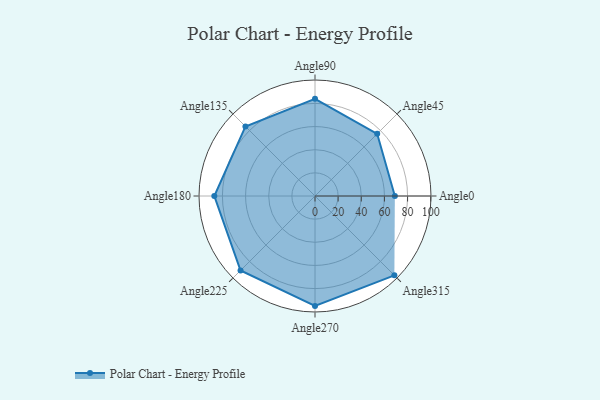
{"axis": {"x": "Angle", "y": "Radius"}, "legend": [""], "data": [{"x": "Angle0", "y": 69.0, "type": ""}, {"x": "Angle45", "y": 76.0, "type": ""}, {"x": "Angle90", "y": 84.0, "type": ""}, {"x": "Angle135", "y": 85.0, "type": ""}, {"x": "Angle180", "y": 87.0, "type": ""}, {"x": "Angle225", "y": 91.0, "type": ""}, {"x": "Angle270", "y": 95.0, "type": ""}, {"x": "Angle315", "y": 97.0, "type": ""}]}